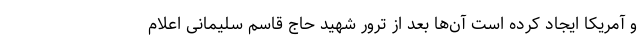
و آمریکا ایجاد کرده است آن‌ها بعد از ترور شهید حاج قاسم سلیمانی اعلام